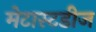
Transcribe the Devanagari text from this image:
मेटास्टडीज